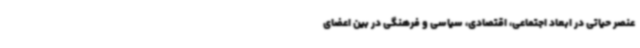
عنصر حیاتی در ابعاد اجتماعی، اقتصادی، سیاسی و فرهنگی در بین اعضای